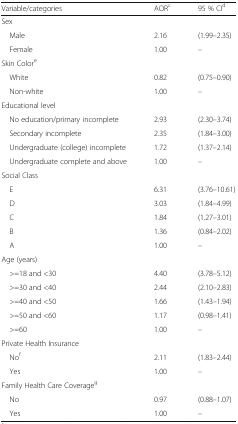
<table><thead><tr><td><b>Variable/categories</b></td><td><b>AOR<sup>c</sup></b></td><td><b>95 % CI<sup>d</sup></b></td></tr></thead><tbody><tr><td colspan="3">Sex</td></tr><tr><td> Male</td><td>2.16</td><td>(1.99–2.35)</td></tr><tr><td> Female</td><td>1.00</td><td>–</td></tr><tr><td colspan="3">Skin Color<sup>e</sup></td></tr><tr><td> White</td><td>0.82</td><td>(0.75–0.90)</td></tr><tr><td> Non-white</td><td>1.00</td><td>–</td></tr><tr><td colspan="3">Educational level</td></tr><tr><td> No education/primary incomplete</td><td>2.93</td><td>(2.30–3.74)</td></tr><tr><td> Secondary incomplete</td><td>2.35</td><td>(1.84–3.00)</td></tr><tr><td> Undergraduate (college) incomplete</td><td>1.72</td><td>(1.37–2.14)</td></tr><tr><td> Undergraduate complete and above</td><td>1.00</td><td>–</td></tr><tr><td colspan="3">Social Class</td></tr><tr><td> E</td><td>6.31</td><td>(3.76–10.61)</td></tr><tr><td> D</td><td>3.03</td><td>(1.84–4.99)</td></tr><tr><td> C</td><td>1.84</td><td>(1.27–3.01)</td></tr><tr><td> B</td><td>1.36</td><td>(0.84–2.02)</td></tr><tr><td> A</td><td>1.00</td><td>–</td></tr><tr><td colspan="3">Age (years)</td></tr><tr><td> &gt;=18 and &lt;30</td><td>4.40</td><td>(3.78–5.12)</td></tr><tr><td> &gt;=30 and &lt;40</td><td>2.44</td><td>(2.10–2.83)</td></tr><tr><td> &gt;=40 and &lt;50</td><td>1.66</td><td>(1.43–1.94)</td></tr><tr><td> &gt;=50 and &lt;60</td><td>1.17</td><td>(0.98–1.41)</td></tr><tr><td> &gt;=60</td><td>1.00</td><td>–</td></tr><tr><td colspan="3">Private Health Insurance</td></tr><tr><td> No<sup>f</sup></td><td>2.11</td><td>(1.83–2.44)</td></tr><tr><td> Yes</td><td>1.00</td><td>–</td></tr><tr><td colspan="3">Family Health Care Coverage<sup>g</sup></td></tr><tr><td> No</td><td>0.97</td><td>(0.88–1.07)</td></tr><tr><td> Yes</td><td>1.00</td><td>–</td></tr></tbody></table>